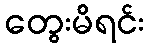
တွေးမိရင်း